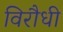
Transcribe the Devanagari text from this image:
विरौधी